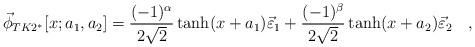
LaTeX: \begin{align*}\vec{\phi}_{TK2^{*}}[x;a_1,a_2]=\frac{(-1)^\alpha }{2\sqrt{2}}\tanh(x+a_1)\vec{\varepsilon}_1+ \frac{(-1)^\beta}{2\sqrt{2}}\tanh(x+a_2)\vec{\varepsilon}_2 \quad ,\end{align*}